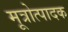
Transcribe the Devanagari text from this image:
मूत्रोत्पादक